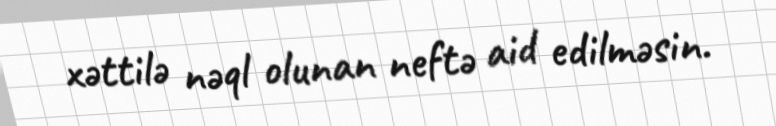
xəttilə nəql olunan neftə aid edilməsin.